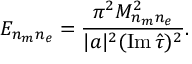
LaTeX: E _ { n _ { m } n _ { e } } = { \frac { \pi ^ { 2 } M _ { n _ { m } n _ { e } } ^ { 2 } } { | a | ^ { 2 } ( \mathrm { I m } \, \hat { \tau } ) ^ { 2 } } } .